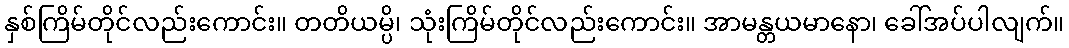
နှစ်ကြိမ်တိုင်လည်းကောင်း။ တတိယမ္ပိ၊ သုံးကြိမ်တိုင်လည်းကောင်း။ အာမန္တယမာနော၊ ခေါ်အပ်ပါလျက်။